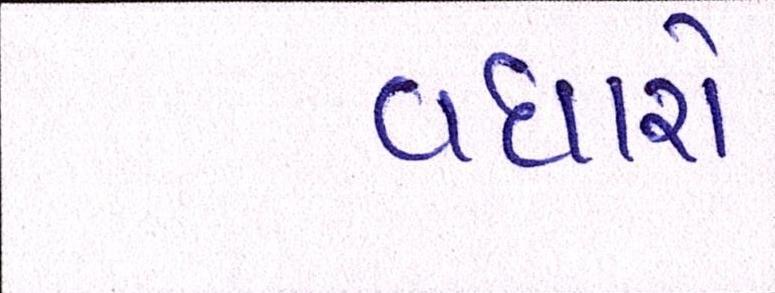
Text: વધારો